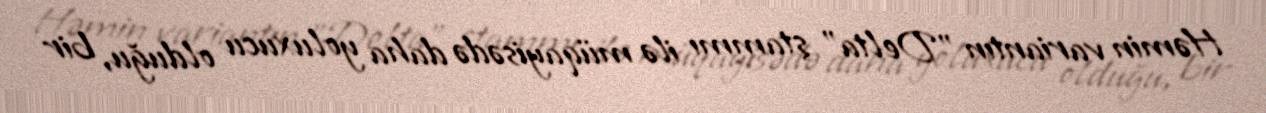
Həmin variantın ”Delta" ştammı ilə müqayisədə daha yoluxucu olduğu, bir